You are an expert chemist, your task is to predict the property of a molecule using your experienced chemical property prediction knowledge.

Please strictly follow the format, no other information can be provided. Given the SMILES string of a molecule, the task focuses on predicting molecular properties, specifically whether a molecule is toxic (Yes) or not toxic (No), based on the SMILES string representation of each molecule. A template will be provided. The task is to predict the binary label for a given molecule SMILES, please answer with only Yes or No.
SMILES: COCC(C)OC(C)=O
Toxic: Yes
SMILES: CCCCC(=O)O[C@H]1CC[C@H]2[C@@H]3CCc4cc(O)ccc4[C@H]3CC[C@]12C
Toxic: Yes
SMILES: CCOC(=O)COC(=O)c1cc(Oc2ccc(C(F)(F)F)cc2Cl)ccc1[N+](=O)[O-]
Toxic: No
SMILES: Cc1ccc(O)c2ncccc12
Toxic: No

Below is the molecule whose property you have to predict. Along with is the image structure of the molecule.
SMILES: Cc1ccc2c(c1N)C(=O)c1ccccc1C2=O
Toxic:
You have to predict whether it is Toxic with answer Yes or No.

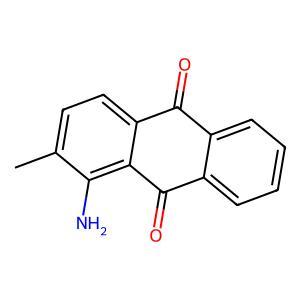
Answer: Yes